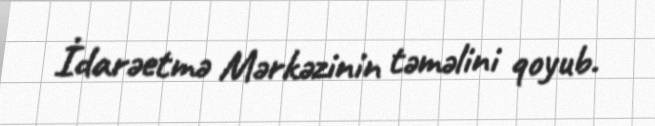
İdarəetmə Mərkəzinin təməlini qoyub.